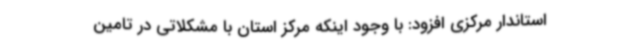
استاندار مرکزی افزود: با وجود اینکه مرکز استان با مشکلاتی در تامین